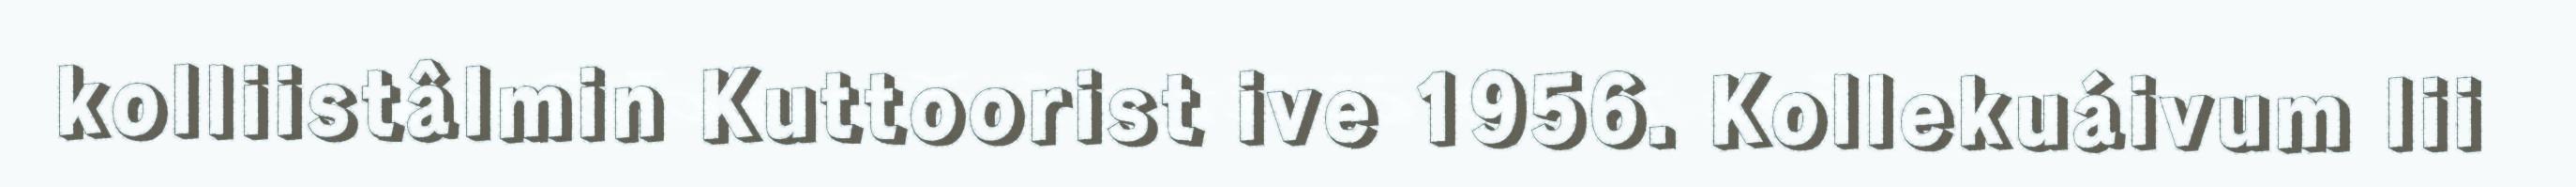
kolliistâlmin Kuttoorist ive 1956. Kollekuáivum lii